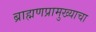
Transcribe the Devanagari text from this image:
ब्राह्मणप्रामुख्याचा